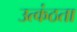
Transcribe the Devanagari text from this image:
उत्कंठता